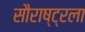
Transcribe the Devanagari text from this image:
सौराष्ट्रला